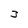
Character: 3